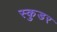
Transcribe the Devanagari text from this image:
स्कुडर